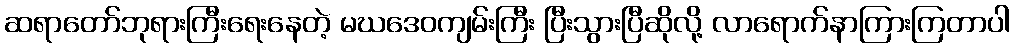
ဆရာတော်ဘုရားကြီးရေးနေတဲ့ မဃဒေဝကျမ်းကြီး ပြီးသွားပြီဆိုလို့ လာရောက်နာကြားကြတာပါ